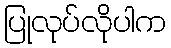
ပြုလုပ်လိုပါက